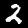
Digit: 2